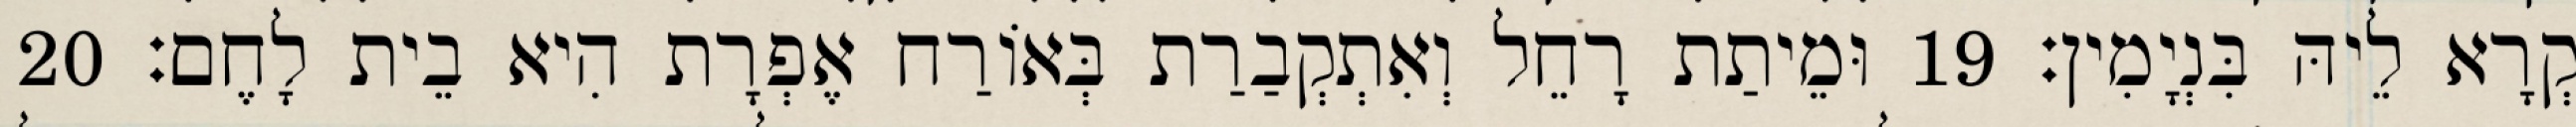
קְרָא לֵיהּ בִּנְיָמִין׃ 19 וּמֵיתַת רָחֵל וְאִתְקְבַרַת בְּאוֹרַח אֶפְרָת הִיא בֵית לָחֶם׃ 20